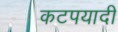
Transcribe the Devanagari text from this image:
कटपयादी